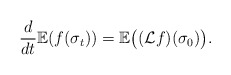
\begin{align*}\frac{d}{dt}\mathbb{E}(f(\sigma_{t}))=\mathbb{E}\big((\mathcal{L}f)(\sigma_{0})\big).\end{align*}